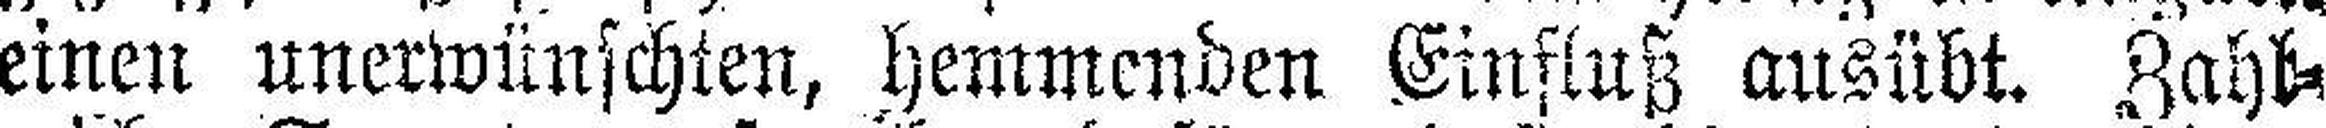
eine unerwünschten, hemmenden Einfluß ausübt. Zahl¬